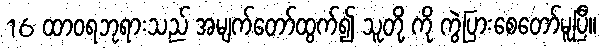
16 ထာဝရဘုရားသည် အမျက်တော်ထွက်၍ သူတို့ ကို ကွဲပြားစေတော်မူပြီ။